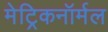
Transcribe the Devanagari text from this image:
मेट्रिकनॉर्मल